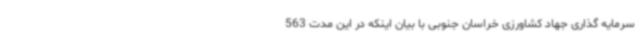
سرمایه گذاری جهاد کشاورزی خراسان جنوبی با بیان اینکه در این مدت 563